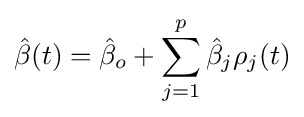
{\hat {\beta }}(t)={\hat {\beta }}_{o}+\sum _{j=1}^{p}{\hat {\beta }}_{j}\rho _{j}(t)